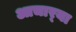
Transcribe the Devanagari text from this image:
आचार्‍या